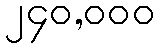
၂၄၀,၀၀၀